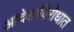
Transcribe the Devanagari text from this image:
आदेशाविरोधात